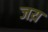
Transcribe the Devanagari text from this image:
जय़